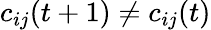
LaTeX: c_{ij}(t+1)\neq c_{ij}(t)